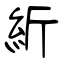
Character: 紤